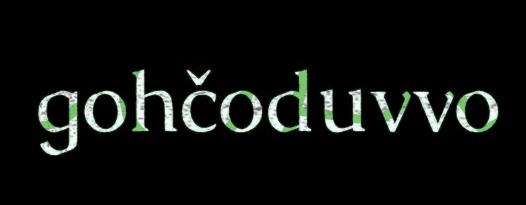
gohčoduvvo